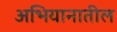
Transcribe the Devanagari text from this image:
अभियानातील